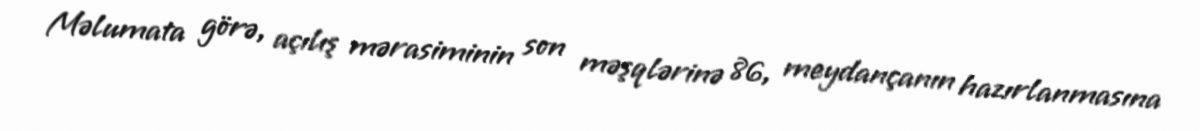
Məlumata görə, açılış mərasiminin son məşqlərinə 86, meydançanın hazırlanmasına